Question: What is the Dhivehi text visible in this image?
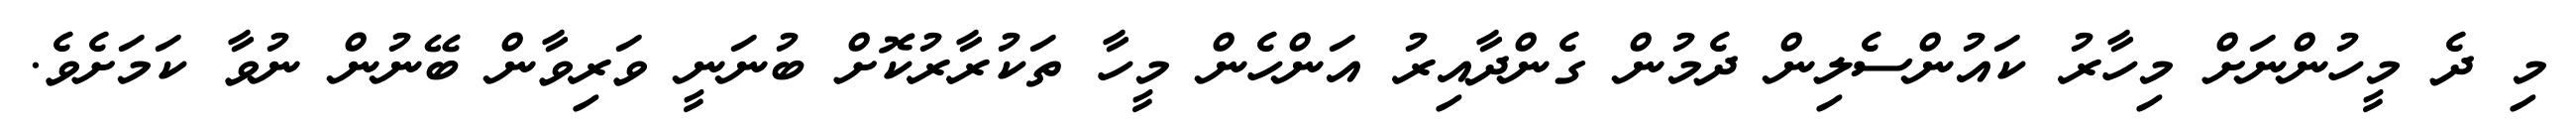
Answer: މި ދެ މީހުންނަށް މިހާރު ކައުންސެލިން ދެމުން ގެންދާއިރު އަންހެން މީހާ ތަކުރާރުކޮށް ބުނަނީ ވަރިވާން ބޭނުން ނުވާ ކަމަށެވެ.